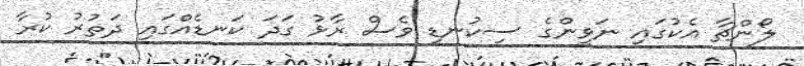
ލޯންޗާ އެކުގައި ނަވީންގެ ސިކުނޑި ވެސް ރާޅު ގަދަ ކަނޑެއްގައި ދަތުރު ކުރާ